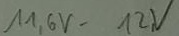
Text: 11,6V-12V